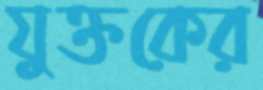
যুক্তকের